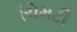
ચિમટી